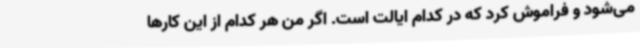
می‌شود و فراموش کرد که در کدام ایالت است. اگر من هر کدام از این کارها